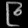
Digit: ၉